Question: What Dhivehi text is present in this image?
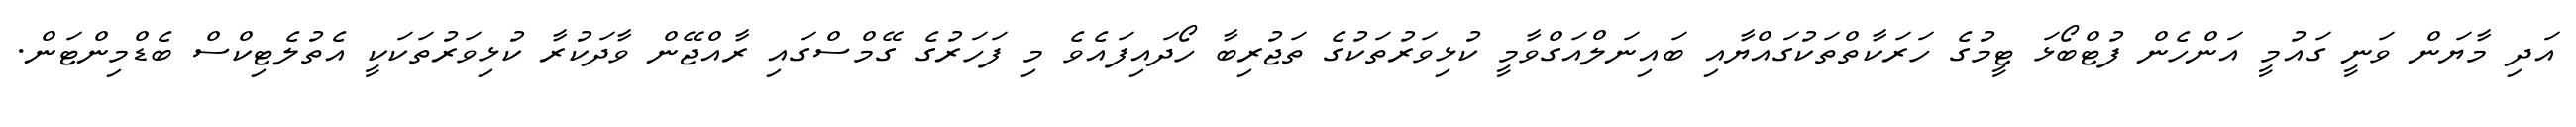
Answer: އަދި މާޔަން ވަނީ ގައުމީ އަންހެން ފުޓްބޯޅަ ޓީމުގެ ހަރަކާތްތަކުގައްޔާއި ބައިނަލްއަގްވާމީ ކުޅިވަރުތަކުގެ ތަޖުރިބާ ހޯދައިފައެވެ މި ފަހަރުގެ ގޭމްސްގައި ރާއްޖޭން ވާދަކުރާ ކުޅިވަރުތަކަކީ އެތުލެޓިކްސް ބެޑްމިންޓަން.